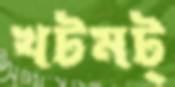
খটমট্‌